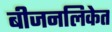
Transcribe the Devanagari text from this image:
बीजनलिकेत